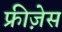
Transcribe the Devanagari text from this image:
फ्रीज़ेस